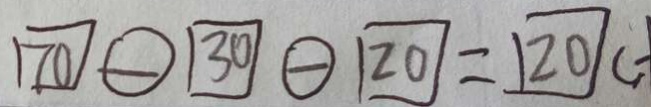
\boxed { 7 0 } \textcircled { - } \boxed { 3 0 } \textcircled { - } \boxed { 2 0 } = \boxed { 2 0 } (